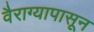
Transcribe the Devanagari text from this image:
वैराग्यापासून